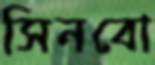
সিনবো